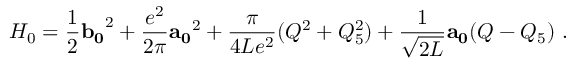
H _ { 0 } = \frac { 1 } { 2 } { \bf b _ { 0 } } ^ { 2 } + \frac { e ^ { 2 } } { 2 \pi } { \bf a _ { 0 } } ^ { 2 } + \frac { \pi } { 4 L e ^ { 2 } } ( Q ^ { 2 } + Q _ { 5 } ^ { 2 } ) + \frac { 1 } { \sqrt { 2 L } } { \bf a _ { 0 } } ( Q - Q _ { 5 } ) \ .